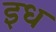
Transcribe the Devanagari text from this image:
इध